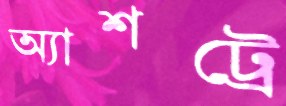
অ্যাশট্রে